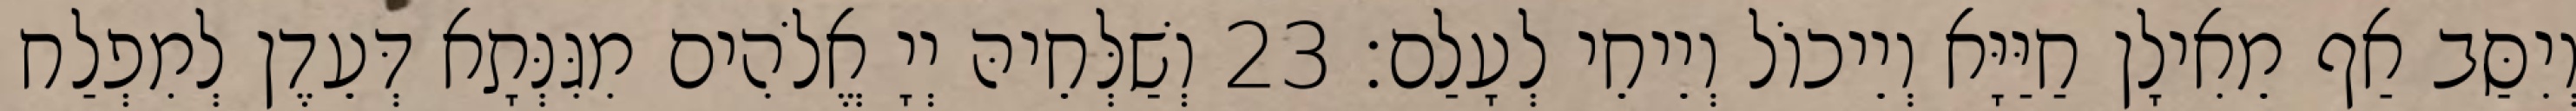
וְיִסַּב אַף מֵאִילָן חַיַּיָּא וְיֵיכוֹל וְיֵיחֵי לְעָלַם׃ 23 וְשַׁלְּחֵיהּ יְיָ אֱלֹהִים מִגִּנְּתָא דְּעֵדֶן לְמִפְלַח